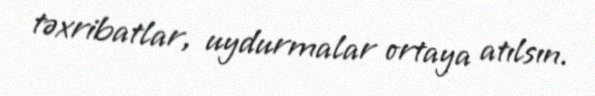
təxribatlar, uydurmalar ortaya atılsın.